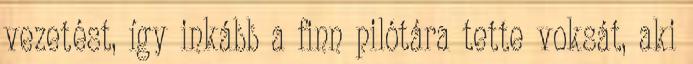
vezetést, így inkább a finn pilótára tette voksát, aki